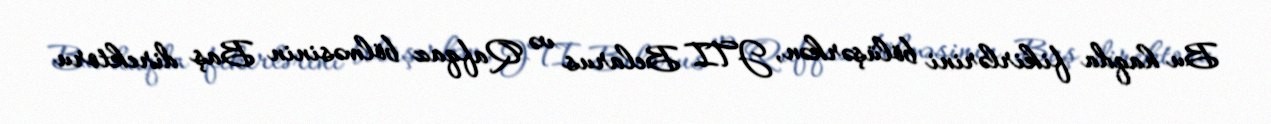
Bu haqda fikirlərini bölüşərkən, JTI Belarus və Qafqaz bölməsinin Baş direktoru